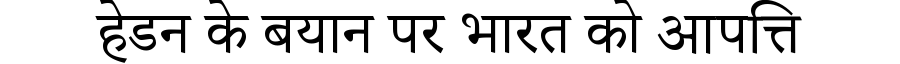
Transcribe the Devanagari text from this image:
हेडन के बयान पर भारत को आपत्ति